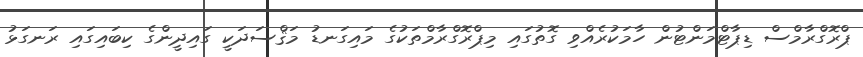
ޕްރޮގްރާމްސް ޑިޕާޓްމަންޓުން ހާމަކުރެއްވި ގޮތުގައި މިޕްރޮގްރާމްތަކުގެ މައިގަނޑު މަޤްސަދަކީ ގައިދީންގެ ކިބައިގައި ރަނގަޅު